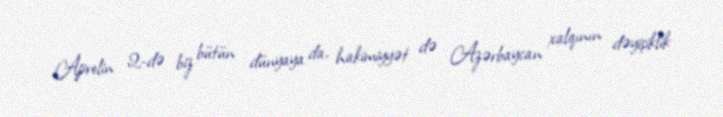
Aprelin 2-də biz bütün dünyaya da, hakimiyyət də Azərbaycan xalqının dəyişiklik